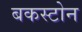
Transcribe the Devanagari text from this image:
बकस्टोन